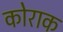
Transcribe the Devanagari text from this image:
कोराक